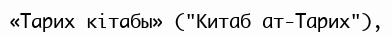
«Тарих кітабы» ("Kитaб aт-Тaрих"),